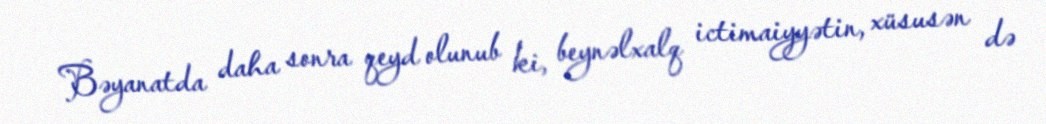
Bəyanatda daha sonra qeyd olunub ki, beynəlxalq ictimaiyyətin, xüsusən də